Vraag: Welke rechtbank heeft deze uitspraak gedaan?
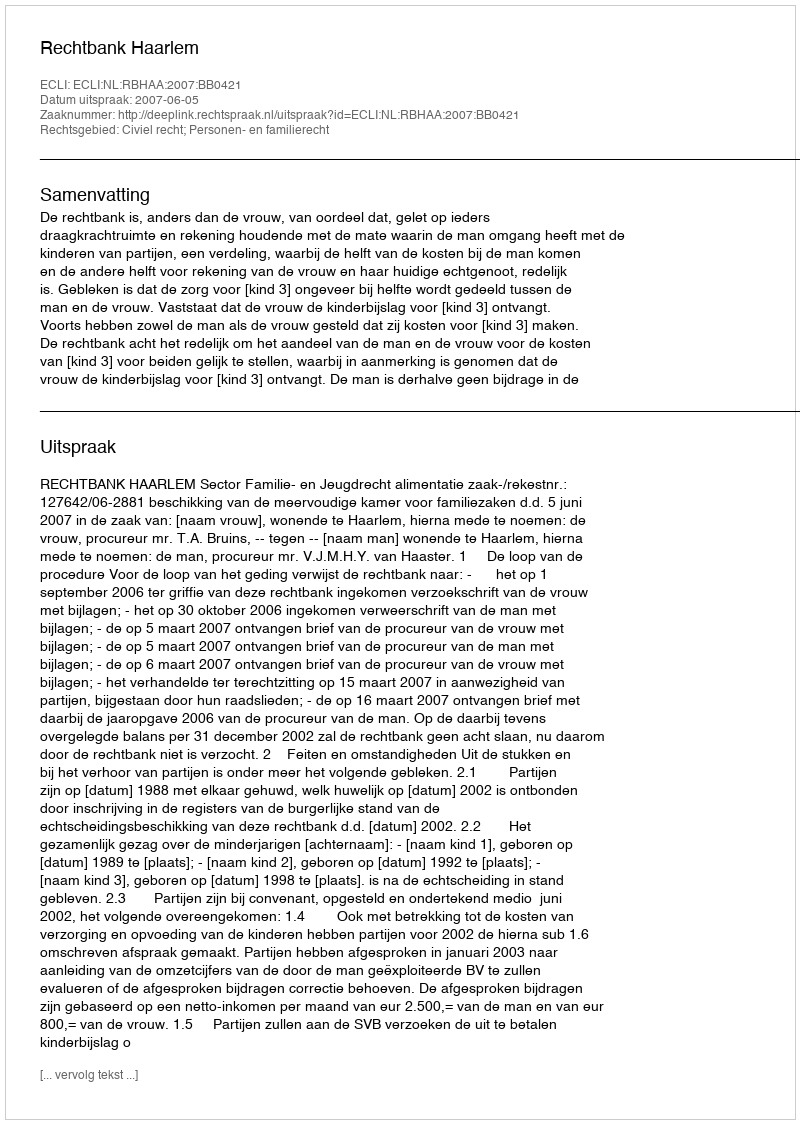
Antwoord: Rechtbank Haarlem